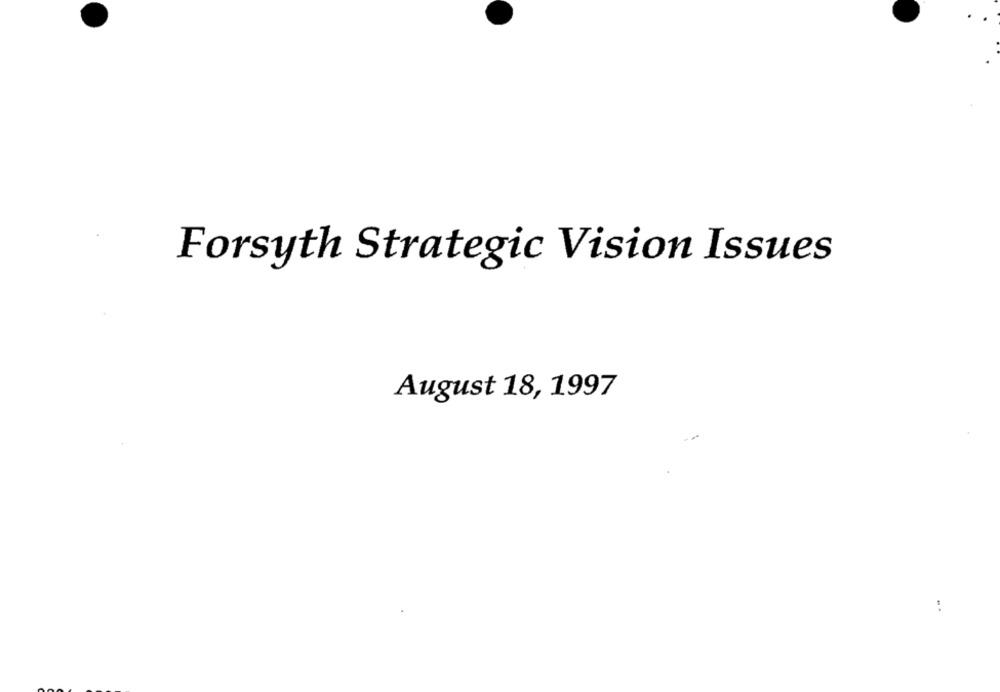
Forsyth Strategic Vision Issues
August 18, 1997
..